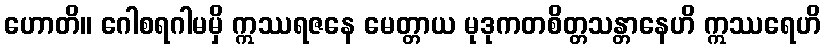
ဟောတိ။ ဂေါစရဂါမမှိ ဣဿရဇနေ မေတ္တာယ မုဒုကတစိတ္တသန္တာနေဟိ ဣဿရေဟိ